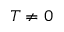
T \neq 0